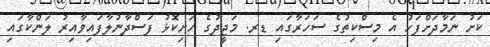
ކަށު ނަމާދަށްފަހު އެ މިސްކިތުގެ ސަހަރާގައި ޑރ. މަޖީދުގެ ހަށިކޮޅު ފަސްދާނުލާފައިވާއިރު ލަންކާގައި